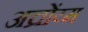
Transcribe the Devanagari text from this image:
अच्रोंय्म